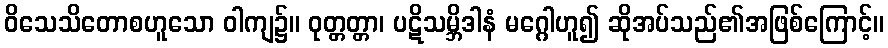
ဝိသေသိတောစဟူသော ဝါကျ၌။ ဝုတ္တတ္တာ၊ ပဋိသမ္ဘိဒါနံ မဂ္ဂေါဟူ၍ ဆိုအပ်သည်၏အဖြစ်ကြောင့်။